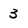
Character: 3